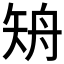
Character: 矪